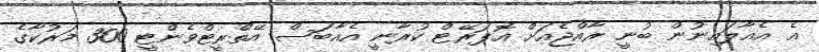
އެ އެއާލައިނުން ބުނީ ރާއްޖެއަށް އޮޕަރޭޓް ކުރާނީ އެއާބަސް އޭތްރީޓްވެންޓީ 300 މަރުކާގެ